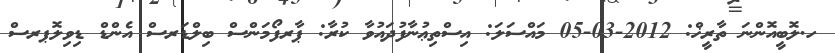
ހ.ލޮބީއޮންނަ ތާރީޚް: 2012-03-05 މައްސަލަ: އިސްތިޢުނާފުދައުވާ ކުރާ: ޕާރފޯމަންސް ބިލްޑަރސް އެންޑް ޑިވިލޮޕރސް